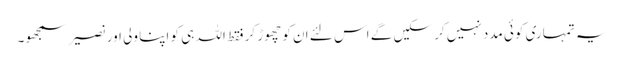
یہ تمہاری کوئی مدد نہیں کر سکیں گے اس لئے ان کو چھوڑ کر فقط اللہ ہی کو اپنا ولی اور نصیر سمجھو۔